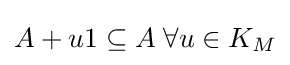
A+u1\subseteq A\;\forall u\in K_{M}